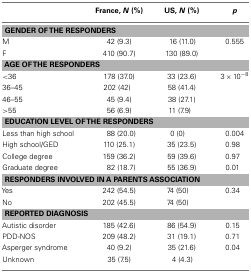
|  | France, N (%) | US, N (%) | p |
 | --- | --- | --- | --- |
 | <COLSPAN=4> GENDER OF THE RESPONDERS |
 | M | 42 (9.3) | 16 (11.0) | 0.555 |
 | F | 410 (90.7) | 130 (89.0) |  |
 | <COLSPAN=4> AGE OF THE RESPONDERS |
 | <36 | 178 (37.0) | 33 (23.6) | 3 × 10−8 |
 | 36–45 | 202 (42) | 58 (41.4) |  |
 | 46–55 | 45 (9.4) | 38 (27.1) |  |
 | >55 | 56 (6.9) | 11 (7.9) |  |
 | <COLSPAN=4> EDUCATION LEVEL OF THE RESPONDERS |
 | Less than high school | 88 (20.0) | 0 (0) | 0.004 |
 | High school/GED | 110 (25.1) | 35 (23.5) | 0.98 |
 | College degree | 159 (36.2) | 59 (39.6) | 0.97 |
 | Graduate degree | 82 (18.7) | 55 (36.9) | 0.01 |
 | <COLSPAN=4> RESPONDERS INVOLVED IN A PARENTS ASSOCIATION |
 | Yes | 242 (54.5) | 74 (50) | 0.34 |
 | No | 202 (45.5) | 74 (50) |  |
 | <COLSPAN=4> REPORTED DIAGNOSIS |
 | Autistic disorder | 185 (42.6) | 86 (54.9) | 0.15 |
 | PDD-NOS | 209 (48.2) | 31 (19.1) | 0.71 |
 | Asperger syndrome | 40 (9.2) | 35 (21.6) | 0.04 |
 | Unknown | 35 (7.5) | 4 (4.3) |  |